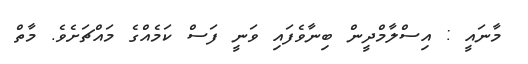
މާނައީ : އިސްލާމްދީން ބިނާވެފައި ވަނީ ފަސް ކަމެއްގެ މައްޗަށެވެ. މާތް